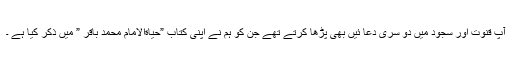
آپ قنوت اور سجود میں دو سری دعا ئیں بھی پڑھا کرتے تھے جن کو ہم نے اپنی کتاب ”حیاةالامام محمد باقر ” میں ذکر کیا ہے ۔